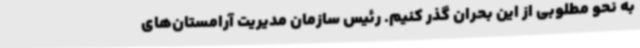
به نحو مطلوبی از این بحران گذر کنیم. رئیس سازمان مدیریت آرامستان‌های